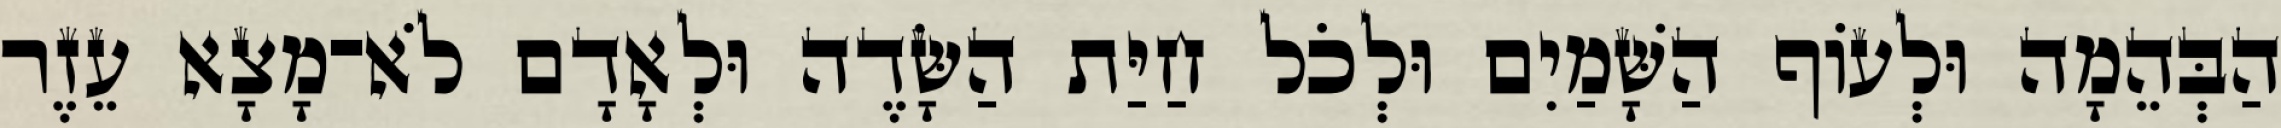
הַבְּהֵמָה וּלְעֹוף הַשָּׁמַיִם וּלְכֹל חַיַּת הַשָּׂדֶה וּלְאָדָם לֹא־מָצָא עֵזֶר